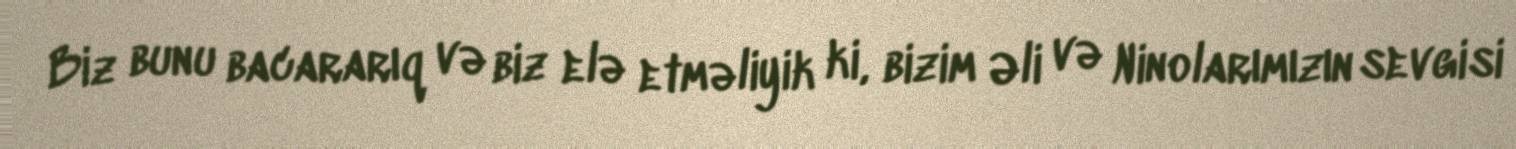
Biz bunu bacararıq və biz elə etməliyik ki, bizim Əli və Ninolarımızın sevgisi